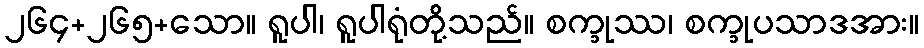
၂၆၄+၂၆၅+သော။ ရူပါ၊ ရူပါရုံတို့သည်။ စက္ခုဿ၊ စက္ခုပသာဒအား။